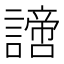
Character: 𧬍